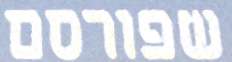
שפורסם